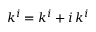
k ^ { i } = k ^ { i } + i \, k ^ { i }